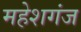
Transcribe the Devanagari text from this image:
महेशगंज